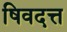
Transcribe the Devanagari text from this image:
षिवदत्त